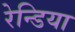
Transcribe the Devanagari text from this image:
रेन्डिया